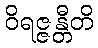
ဝိရဇ္ဇန္တီတိ